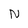
Character: N